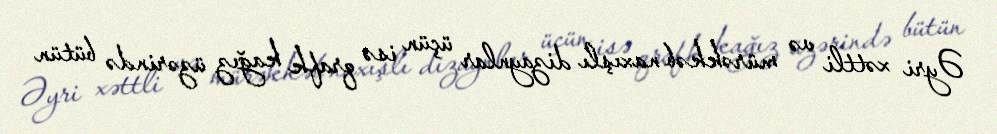
Əyri xəttli və mürəkkəb naxışlı dizaynlar üçün isə qrafk kağız üzərində bütün